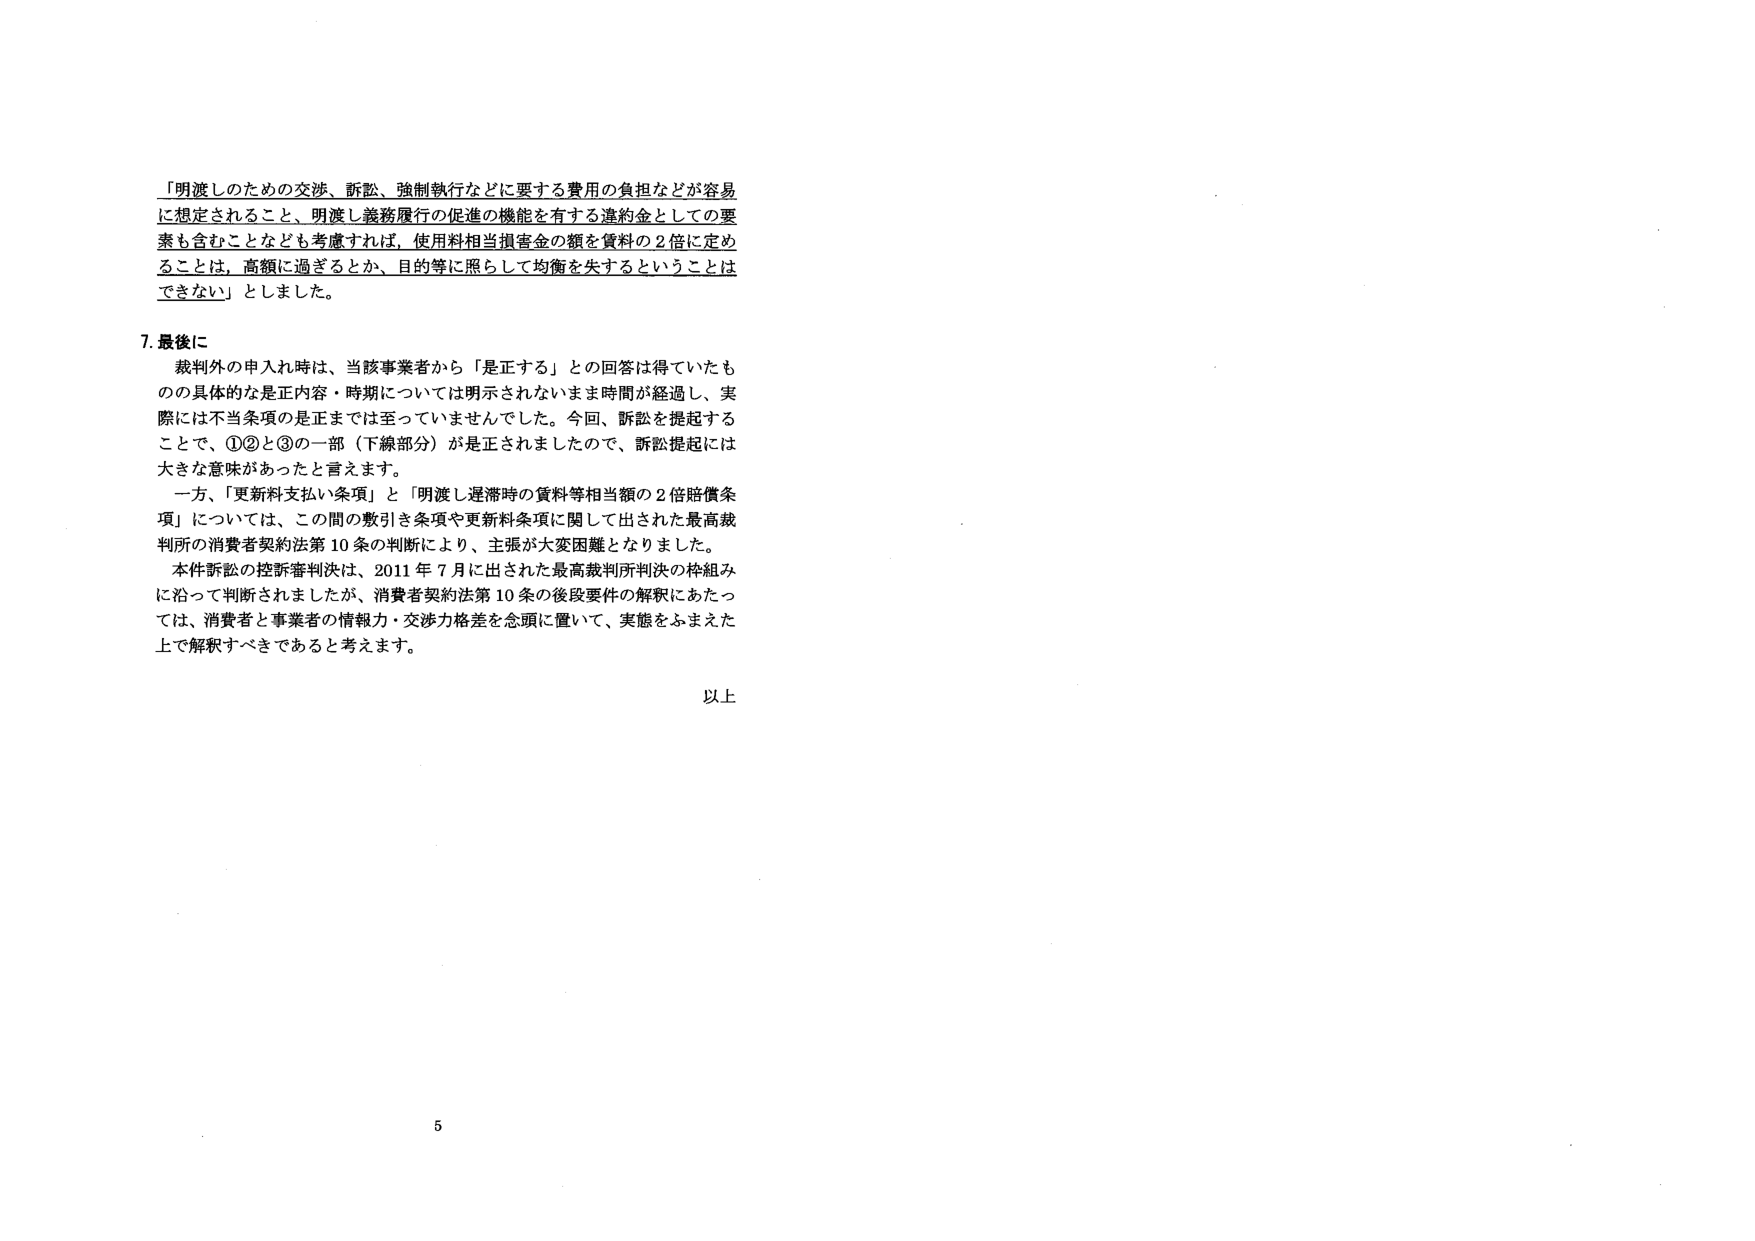
「明渡しのための交渉、訴訟、強制執行などに要する費用の負担などが容易に想定されること、明渡し義務履行の促進の機能を有する違約金としての要素も含むことなども考慮すれば、使用料相当損害金の額を賃料の２倍に定めることは、高額に過ぎるとか、目的等に照らして均衡を失するということはできない」としました。

7. 最後に
裁判外の申入れ時は、当該事業者から「是正する」との回答は得ていたものの具体的な是正内容・時期については明示されないまま時間が経過し、実際には不当条項の是正までは至っていませんでした。今回、訴訟を提起することで、①②と③の一部（下線部分）が是正されましたので、訴訟提起には大きな意味があったと言えます。
一方、「更新料支払い条項」と「明渡し遅滞時の賃料等相当額の２倍賠償条項」については、この間の敷引き条項や更新料条項に関して出された最高裁判所の消費者契約法第10条の判断により、主張が大変困難となりました。
本件訴訟の控訴審判決は、2011年7月に出された最高裁判所判決の枠組みに沿って判断されましたが、消費者契約法第10条の後段要件の解釈にあたっては、消費者と事業者の情報力・交渉力格差を念頭に置いて、実態をふまえた上で解釈すべきであると考えます。

以上

5